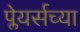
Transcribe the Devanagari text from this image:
प्लेयर्सच्या